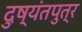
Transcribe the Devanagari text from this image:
दुष्यंतपुत्र